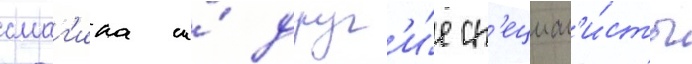
смаг'ина и́ друг'и́е сп'ециал'и́сты